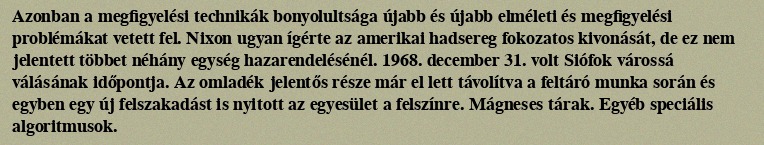
Azonban a megfigyelési technikák bonyolultsága újabb és újabb elméleti és megfigyelési problémákat vetett fel. Nixon ugyan ígérte az amerikai hadsereg fokozatos kivonását, de ez nem jelentett többet néhány egység hazarendelésénél. 1968. december 31. volt Siófok várossá válásának időpontja. Az omladék jelentős része már el lett távolítva a feltáró munka során és egyben egy új felszakadást is nyitott az egyesület a felszínre. Mágneses tárak. Egyéb speciális algoritmusok.